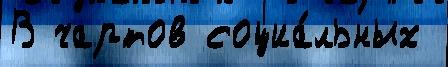
В чартов социа́льных